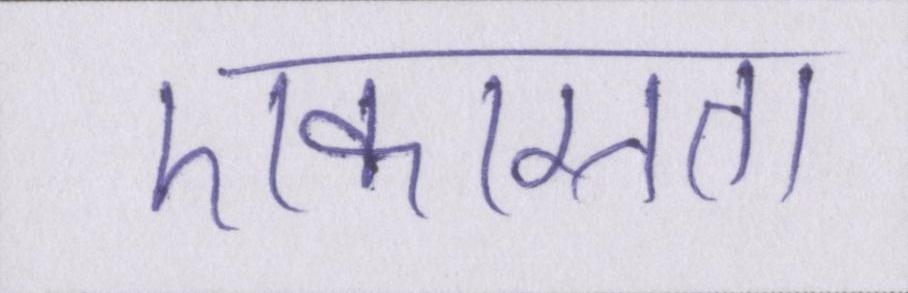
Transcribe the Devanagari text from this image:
एकाग्रता